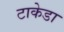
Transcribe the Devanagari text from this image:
टाकेडा